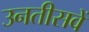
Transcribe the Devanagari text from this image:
उनतीसवें